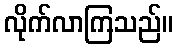
လိုက်လာကြသည်။